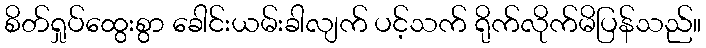
စိတ်ရှုပ်ထွေးစွာ ခေါင်းယမ်းခါလျက် ပင့်သက် ရိုက်လိုက်မိပြန်သည်။